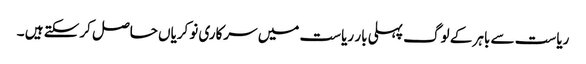
ریاست سے باہر کے لوگ پہلی بار ریاست میں سرکاری نوکریاں حاصل کرسکتے ہیں ۔